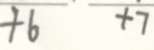
+ 6 + 7